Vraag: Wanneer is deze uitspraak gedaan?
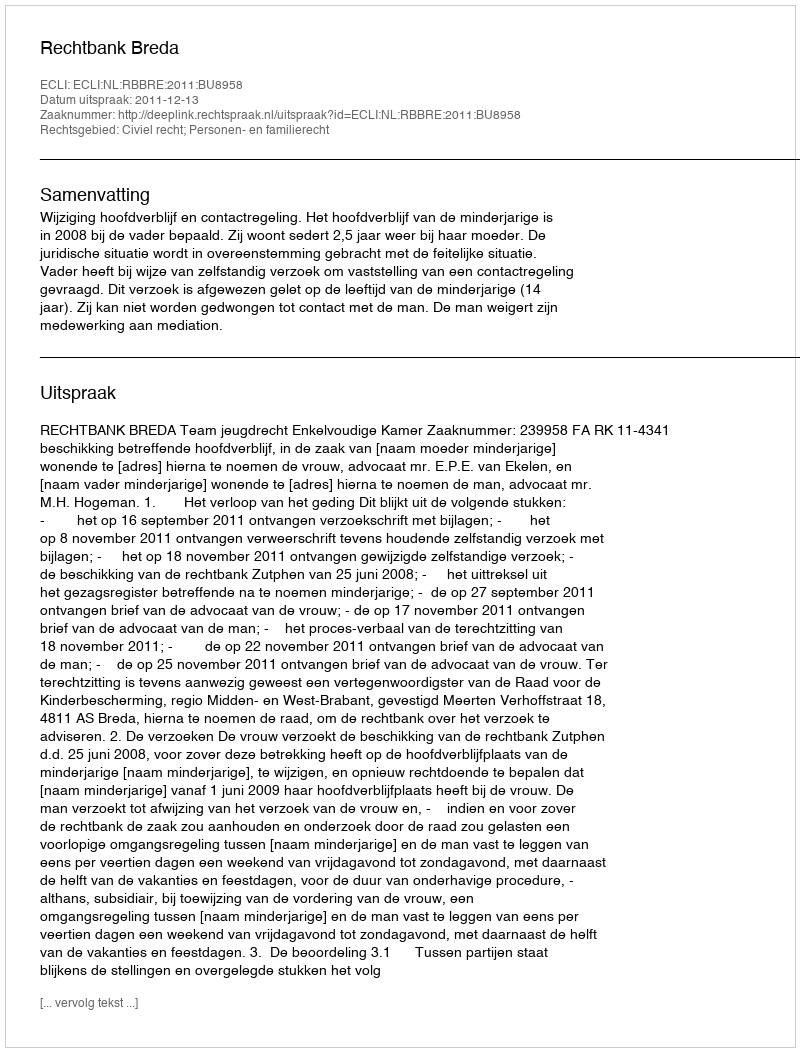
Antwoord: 2011-12-13